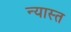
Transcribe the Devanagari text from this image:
न्यास्त